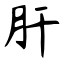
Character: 肝